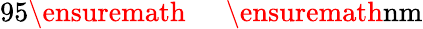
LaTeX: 95\ensuremath{\mathrm{~\textrm~{~\, ~}~}}\ensuremath{\mathrm{nm}}